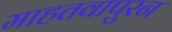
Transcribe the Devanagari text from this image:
माहतवापुरन